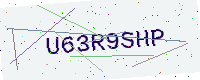
Text: U63R9SHP